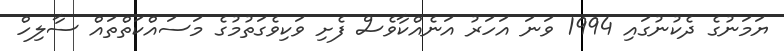
ޔަމަނުގެ ދެކުނުގައި 1994 ވަނަ އަހަރު އަނެއްކާވެސް ފެށި ވަކިވެގަތުމުގެ މަސައްކަތްތައް ސާލިހް